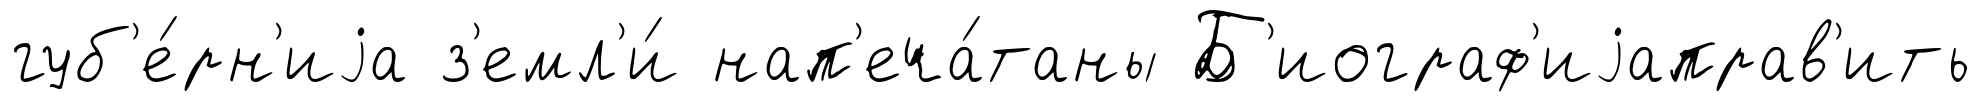
губ'е́рн'иjа з'емл'и́ нап'еча́таны Б'иограф'иjаправ'ить